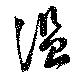
温